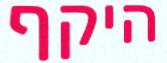
היקף